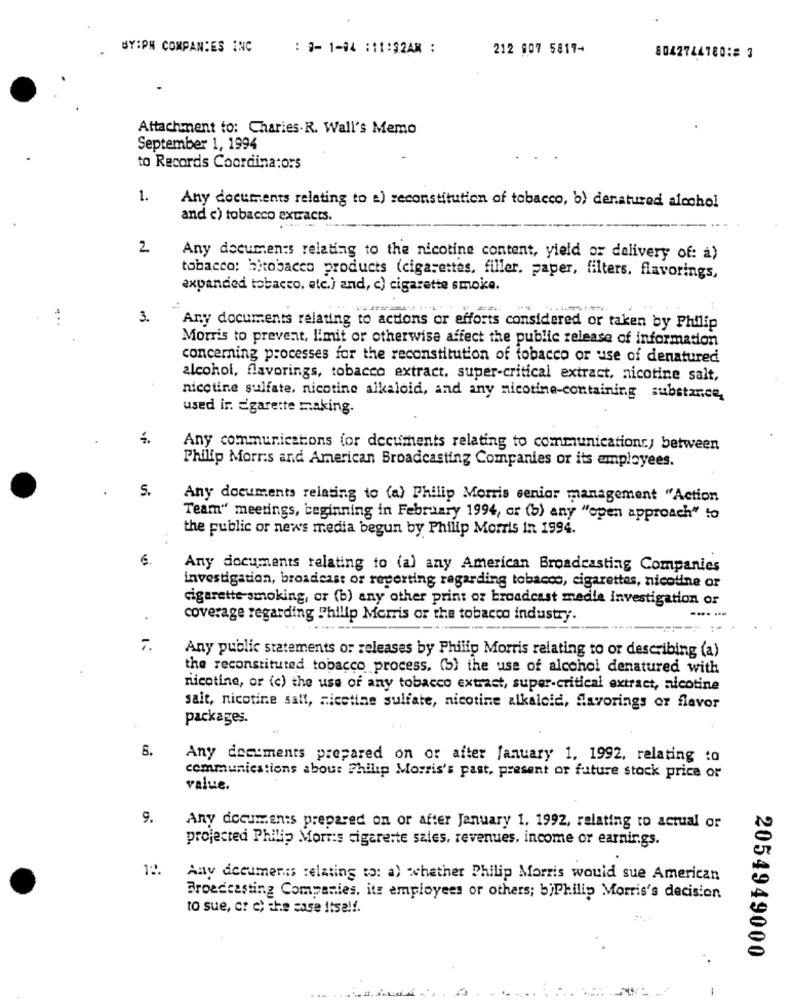
BY:PN COMPANIES INC
: 3- 1-84 :11:32AM :
212 807 5817-
8042744780;# 3
Attachment to: Charies.R. Wall's Memo
September 1, 1994
to Records Coordinators
1.
Any documents relating to a) reconstitution of tobacco, b) denatured alcohol
and c) tobacco extracts.
2
Any documents relating to the nicotine content, yield or delivery of: a)
tobacco: bitobacco products (cigarettes, filler. paper, filters. flavorings,
expanded tobacco, etc.) and, c) cigarette smoke.
3.
Any documents relating to actions or efforts considered or taken by Philip
Morris to prevent, limit or otherwise affect the public release of information
concerning processes for the reconstitution of tobacco or use of denatured
alcohol, flavorings, tobacco extract. super-critical extract, nicotine salt,
nicotine sulfate, nicotine alkaloid, and any nicotine-containing substance,
used ir. Egarette making.
Any communications (or documents relating to communications, between
Philip Morris and American Broadcasting Companies or its employees.
S.
Any documents relating to (a) Philip Morris senior management "Action
Team" meetings, beginning in February 1994, or (b) any "open approach" to
the public or news media begun by Philip Morris In 1994.
€.
Any documents relating to (a) any American Broadcasting Companies
investigation, broadcast or reverting regarding tobacco, cigarettes, nicotine or
cigarette smoking, or (b) any other print or broadcast medie investigation or
coverage regarding Philip Morris or the tobacco industry.
7.
Any public statements or releases by Philip Morris relating to or describing (a)
the reconstituted tobacco process. (5) the use of alcohol denatured with
nicotine, or (c) the use of any tobacco extract, super-critical extract, nicotine
sait, nicotine salt, nicotine sulfate, nicotine alkaloid, Savorings or flavor
packages.
6.
Any documents prepared on or after january 1. 1992, relating to
communications abou: Philip Morris's past, present or future stock price or
value.
9.
Any documents prepared on or after January 1. 1992, relating to actual or
projected Philip Morris cigarette sales, revenues. income or earnings.
12.
Any documents relating to: a) whether Philip Morris would sue American
Broadcasting Companies, its employees or others; b)Philip Morris's decision
to sue, or c) the case Itself.
2054949000